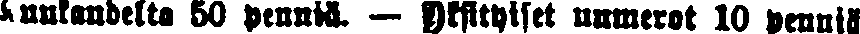
Kuukaudelta 50 penniä. — Yksityiset numerot 10 penniä